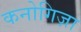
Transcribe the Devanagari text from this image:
कनोगिज़ा